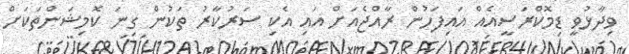
ވިދާޅުވީ ޑިމޮކްރަސީއެއް އައިފަހުން ރާއްޖެއަށް އައި އެކި ސަރުކާރު ތަކުން ގިނަ ކޮމިޝަންތަކަށް